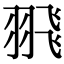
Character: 𦐭